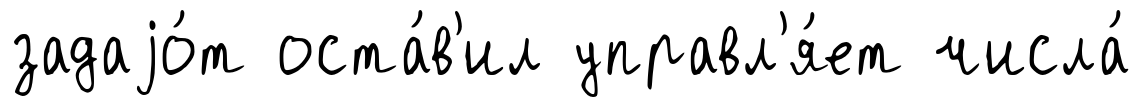
задаjо́т оста́в'ил управл'я́ет числа́